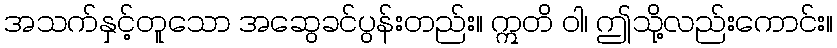
အသက်နှင့်တူသော အဆွေခင်ပွန်းတည်း။ ဣတိ ဝါ၊ ဤသို့လည်းကောင်း။